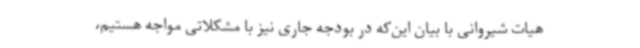
هیات شیروانی با بیان این‌که در بودجه جاری نیز با مشکلاتی مواجه هستیم،